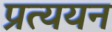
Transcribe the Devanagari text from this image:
प्रत्ययन